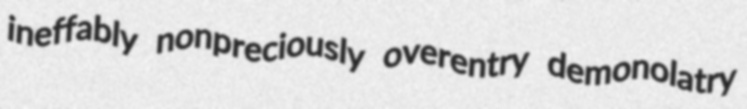
ineffably nonpreciously overentry demonolatry